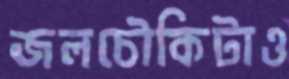
জলচৌকিটাও